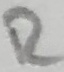
Text: R